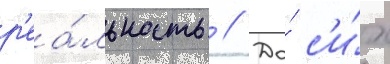
р'еа́льность // До́ с'и́х